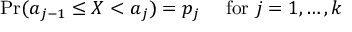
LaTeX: \Pr ( a _ { j - 1 } \leq X < a _ { j } ) = p _ { j } \quad { \mathrm { ~ f o r ~ } } j = 1 , \ldots , k